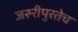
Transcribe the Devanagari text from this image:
जरुरीपुरतेच